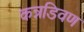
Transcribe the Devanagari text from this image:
कन्नडिवण